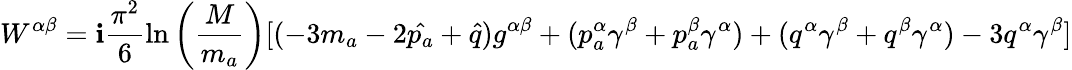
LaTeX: W^{\alpha\beta}=\mathbf{i}\frac{{\pi^{2}}}{{6}}\ln\left(\frac{{M}}{{m_{a}}}\right)[(-3m_{a}-2\hat{{p_{a}}}+\hat{{q}})g^{\alpha\beta}+(p_{a}^{\alpha}\gamma^{\beta}+p_{a}^{\beta}\gamma^{\alpha})+(q^{\alpha}\gamma^{\beta}+q^{\beta}\gamma^{\alpha})-3q^{\alpha}\gamma^{\beta}]